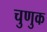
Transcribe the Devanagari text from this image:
चुणुक